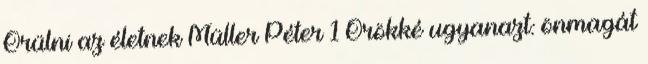
Örülni az életnek Müller Péter 1 Örökké ugyanazt: önmagát